Report of the Indian Hemp Drugs Commission, 1894-1895 - Volume IV
Year: 1894
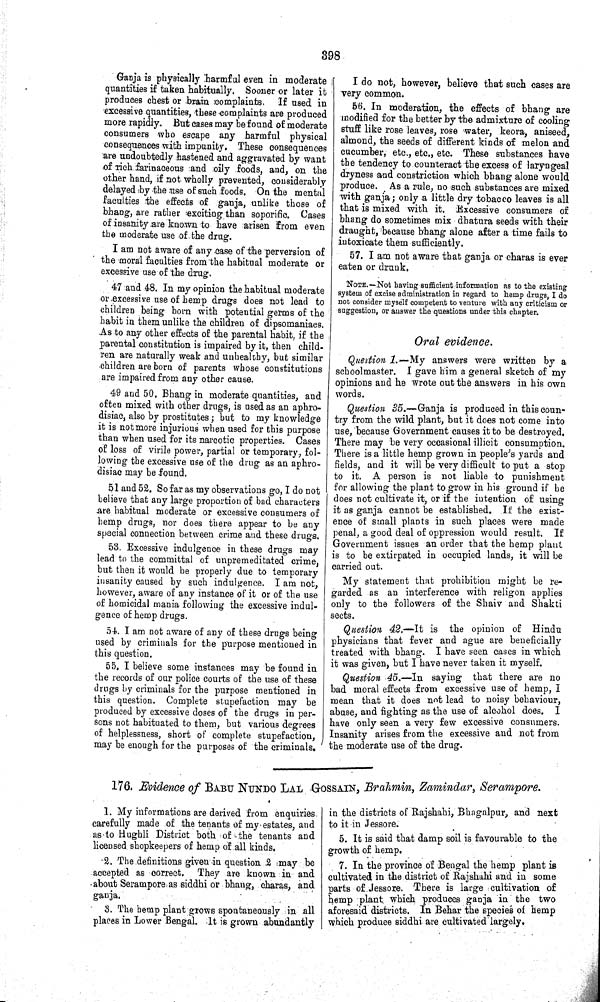
398
Ganja is physically harmful even in moderate
quantities if taken habitually. Sooner or later it
produces chest or brain complaints. If used in
excessive quantities, these complaints are produced
more rapidly. But cases may be found of moderate
consumers who escape any harmful physical
consequences with impunity. These consequences
are undoubtedly hastened and aggravated by want
of rich farinaceous and oily foods, and, on the
other hand, if not wholly prevented, considerably
delayed by the use of such foods. On the mental
faculties the effects of ganja, unlike those of
bhang, are rather exciting than soporific. Cases
of insanity are known to have arisen from even
the moderate use of the drug.
I am not aware of any case of the perversion of
the moral faculties from the habitual moderate or
excessive use of the drug.
47 and 48. In my opinion the habitual moderate
or excessive use of hemp drugs does not lead to
children being born with potential germs of the
habit in them unlike the children of dipsomaniacs.
As to any other effects of the parental habit, if the
parental constitution is impaired by it, then child-
ren are naturally weak and unhealthy, but similar
children are born of parents whose constitutions
are impaired from any other cause.
49 and 50. Bhang in moderate quantities, and
often mixed with other drugs, is used as an aphro-
disiac, also by prostitutes; but to my knowledge
it is not more injurious when used for this purpose
than when used for its narcotic properties. Cases
of loss of virile power, partial or temporary, fol-
lowing the excessive use of the drug as an aphro-
disiac may be found.
51 and 52. So far as my observations go, I do not
believe that any large proportion of bad characters
are habitual moderate or excessive consumers of
hemp drugs, nor does there appear to be any
special connection between crime and these drugs.
53. Excessive indulgence in these drugs may
lead to the committal of unpremeditated crime,
but then it would be properly due to temporary
insanity caused by such indulgence. I am not,
however, aware of any instance of it or of the use
of homicidal mania following the excessive indul-
gence of hemp drugs.
54. I am not aware of any of these drugs being
used by criminals for the purpose mentioned in
this question.
55. I believe some instances may be found in
the records of our police courts of the use of these
drugs by criminals for the purpose mentioned in
this question. Complete stupefaction may be
produced by excessive doses of the drugs in per-
sons not habituated to them, but various degrees
of helplessness, short of complete stupefaction,
may be enough for the purposes of the criminals.
I do not, however, believe that such cases are
very common.
56. In moderation, the effects of bhang are
modified for the better by the admixture of cooling
stuff like rose leaves, rose water, keora, aniseed,
almond, the seeds of different kinds of melon and
cucumber, etc., etc., etc. These substances have
the tendency to counteract the excess of laryngeal
dryness and constriction which bhang alone would
produce. As a rule, no such substances are mixed
with ganja; only a little dry tobacco leaves is all
that is mixed with it. Excessive consumers of
bhang do sometimes mix dhatura seeds with their
draught, because bhang alone after a time fails to
intoxicate them sufficiently.
57. I am not aware that ganja or charas is ever
eaten or drunk.
NOTE.—Not having sufficient information as to the existing
system of excise administration in regard to hemp drugs, I do
not consider myself competent to venture with any criticism or
suggestion, or answer the questions under this chapter.
Oral evidence.
Question 1.—My answers were written by a
schoolmaster. I gave him a general sketch of my
opinions and he wrote out the answers in his own
words.
Question 35.—Ganja is produced in this coun-
try from the wild plant, but it does not come into
use, because Government causes it to be destroyed.
There may be very occasional illicit consumption.
There is a little hemp grown in people's yards and
fields, and it will be very difficult to put a stop
to it. A person is not liable to punishment
for allowing the plant to grow in his ground if be
does not cultivate it, or if the intention of using
it as ganja cannot be established. If the exist-
ence of small plants in such places were made
penal, a good deal of oppression would result. If
Government issues an order that the hemp plant
is to be extirpated in occupied lands, it will be
carried out.
My statement that prohibition might be re-
garded as an interference with religon applies
only to the followers of the Shaiv and Shakti
sects.
Question 42.—It is the opinion of Hindu
physicians that fever and ague are beneficially
treated with bhang. I have seen cases in which
it was given, but I have never taken it myself.
Question 45.—In saying that there are no
bad moral effects from excessive use of hemp, I
mean that it does not lead to noisy behaviour,
abuse, and fighting as the use of alcohol does. I
have only seen a very few excessive consumers.
Insanity arises from the excessive and not from
the moderate use of the drug.
176. Evidence of BABU NUNDO LAL GOSSAIN, Brahmin, Zamindar, Serampore.
1. My informations are derived from enquiries
carefully made of the tenants of my estates, and
as to Hughli District both of the tenants and
licensed shopkeepers of hemp of all kinds.
2. The definitions given in question 2 may be
accepted as correct. They are known in and
about Serampore as siddhi or bhang, charas, and
ganja.
3. The hemp plant grows spontaneously in all
places in Lower Bengal. It is grown abundantly
in the districts of Rajshahi, Bhagalpur, and next
to it in Jessore.
5. It is said that damp soil is favourable to the
growth of hemp.
7. In the province of Bengal the hemp plant is
cultivated in the district of Rajshahi and in some
parts of Jessore. There is large cultivation of
hemp plant which produces ganja in the two
aforesaid districts. In Behar the species of hemp
which produce siddhi are cultivated largely.